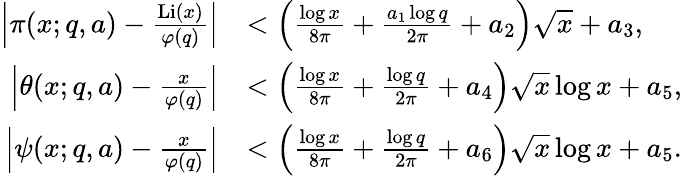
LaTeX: \begin{array}{rl}{\left|\pi(x;q,a)-\frac{\operatorname{Li}(x)}{\varphi(q)}\right|}&{<\left(\frac{\log{x}}{8\pi}+\frac{a_{1}\log{q}}{2\pi}+a_{2}\right)\sqrt{x}+a_{3},}\\ {\left|\theta(x;q,a)-\frac{x}{\varphi(q)}\right|}&{<\left(\frac{\log{x}}{8\pi}+\frac{\log{q}}{2\pi}+a_{4}\right)\sqrt{x}\log{x}+a_{5},}\\ {\left|\psi(x;q,a)-\frac{x}{\varphi(q)}\right|}&{<\left(\frac{\log{x}}{8\pi}+\frac{\log{q}}{2\pi}+a_{6}\right)\sqrt{x}\log{x}+a_{5}.}\end{array}